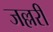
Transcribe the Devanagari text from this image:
जल्लरी